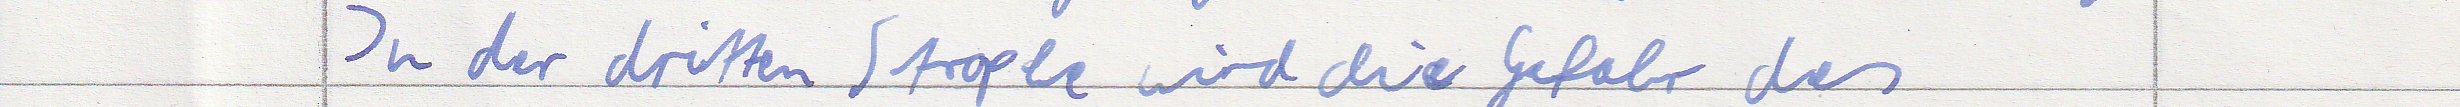
In der dritten Strophe wird die Gefahr des